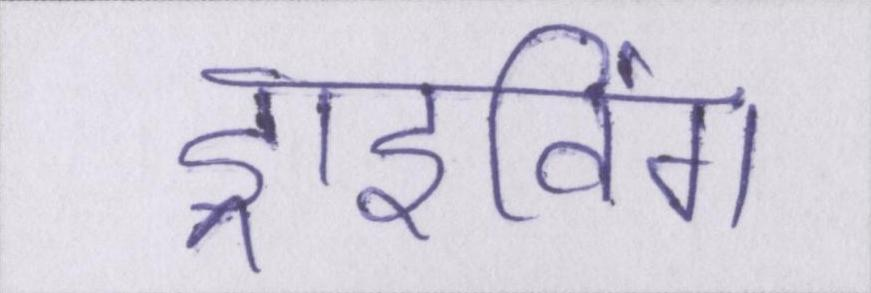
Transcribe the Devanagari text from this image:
ड्राइविंग